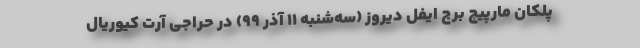
پلکان مارپیچ برج ایفل دیروز (سه‌شنبه ۱۱ آذر ۹۹) در حراجی آرت کیوریال